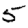
Digit: 5